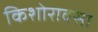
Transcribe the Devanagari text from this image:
किशोरावसा